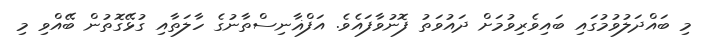
މި ބައްދަލުވުމުގައި ބައިވެރިވުމަށް ދައުވަތު ފޮނުވާފައެވެ. އަފްޣާނިސްތާނުގެ ހާލަތާއި ގުޅޭގޮތުން ބޭއްވި މި